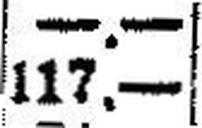
117.—